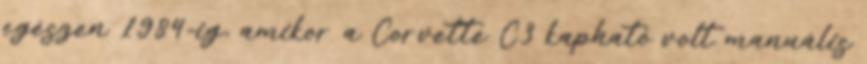
egészen 1984-ig, amikor a Corvette C3 kapható volt manuális